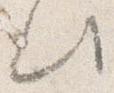
此